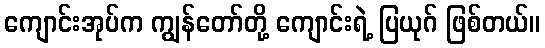
ကျောင်းအုပ်က ကျွန်တော်တို့ ကျောင်းရဲ့ ပြယုဂ် ဖြစ်တယ်။